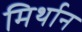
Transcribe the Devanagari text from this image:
मिर्थान